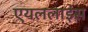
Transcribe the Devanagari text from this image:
एयललाइंस